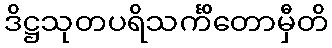
ဒိဋ္ဌသုတပရိသင်္ကိတောမှီတိ